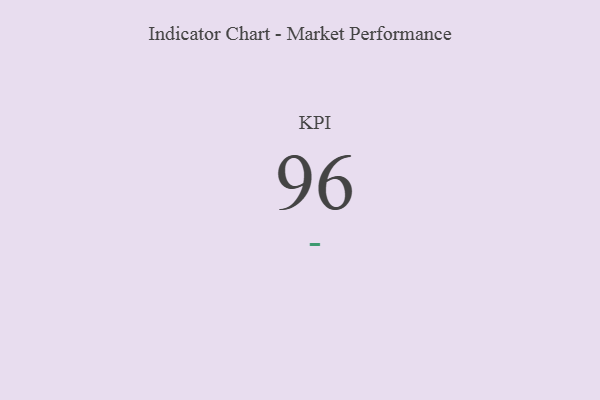
{"axis": {"x": "KPI", "y": "Value"}, "legend": [""], "data": [{"x": "KPI", "y": 96, "type": ""}]}